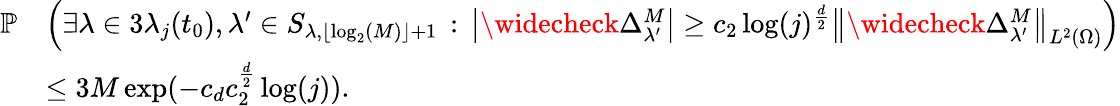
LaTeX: \begin{array}{rl}{\mathbb{P}}&{\left(\exists\lambda\in 3\lambda_{j}(t_{0}),\lambda^{\prime}\in S_{\lambda,\lfloor\log_{2}(M)\rfloor+1}\, :\, \left|\widecheck{\Delta}_{\lambda^{\prime}}^{M}\right|\geq c_{2}\log(j)^{\frac{d}{2}}\left\| \widecheck{\Delta}_{\lambda^{\prime}}^{M}\right\| _{L^{2}(\Omega)}\right)}\\ &{\leq 3M\exp(-c_{d}c_{2}^{\frac{d}{2}}\log(j)).}\end{array}